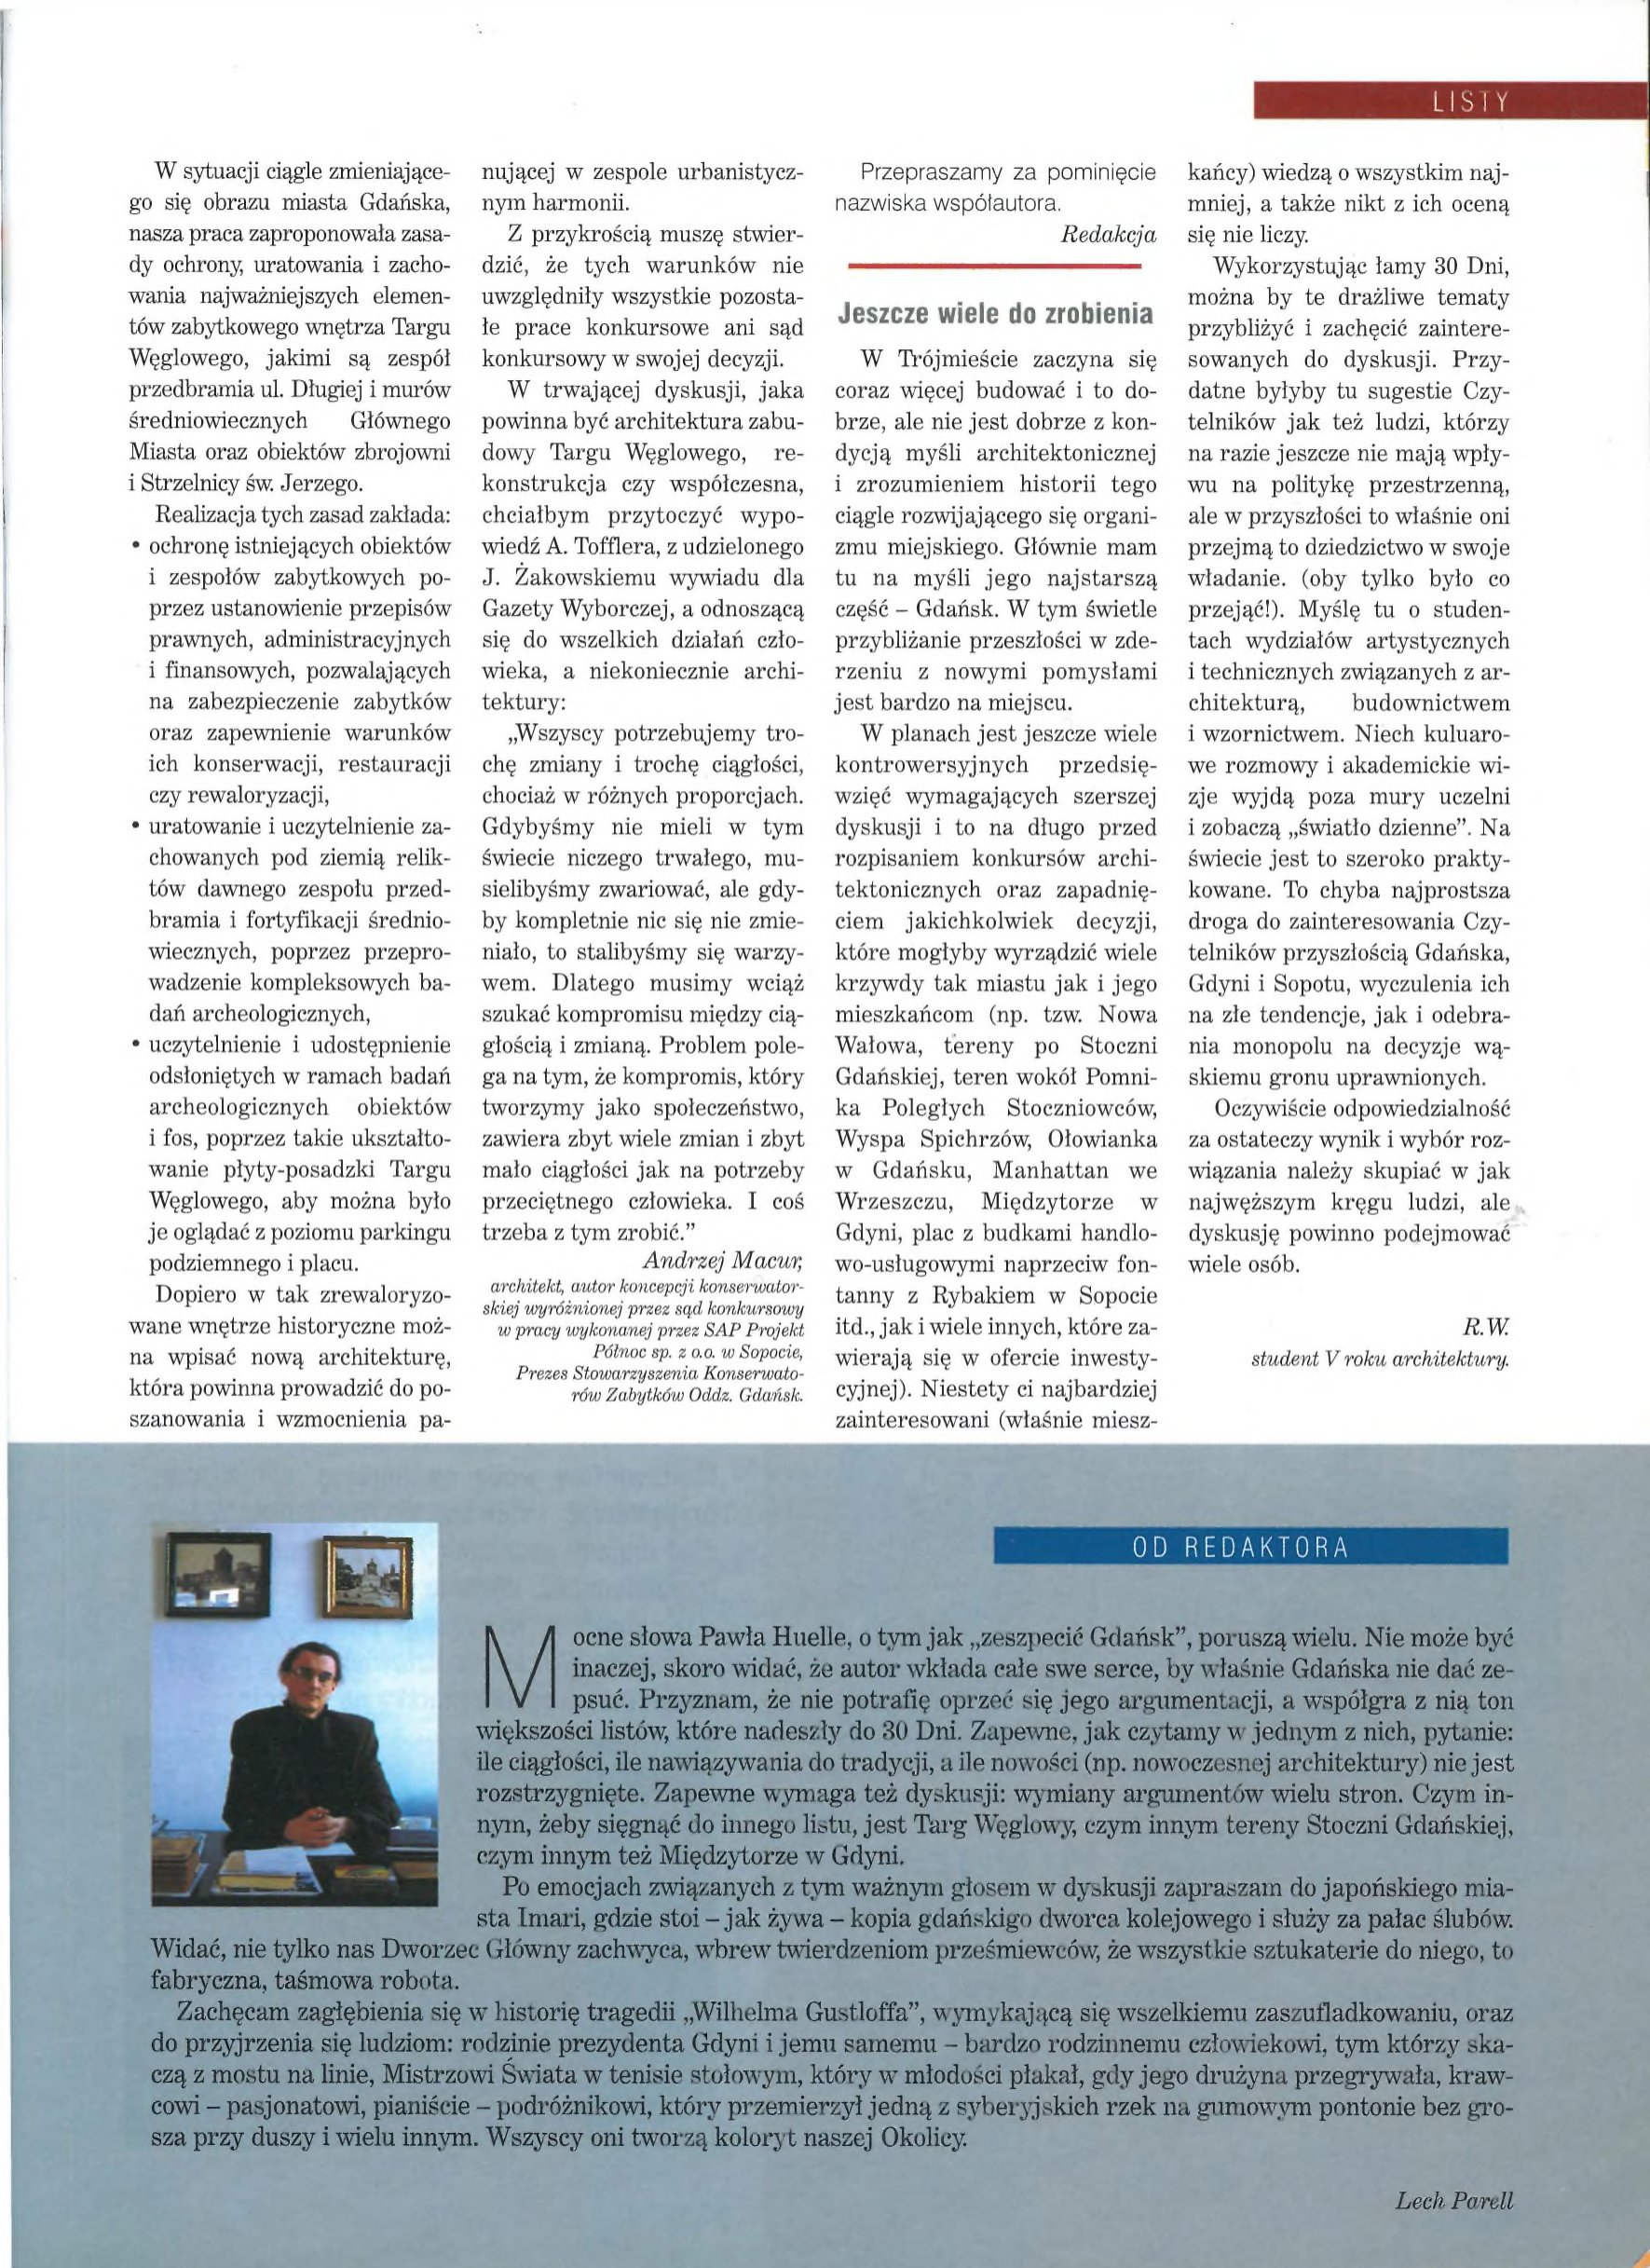
Language: pl